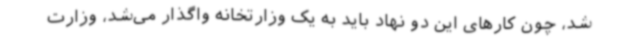
شد، چون کارهای این دو نهاد باید به یک وزارتخانه واگذار می‌شد، وزارت